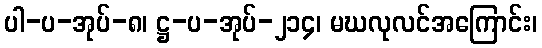
ပါ-ပ-အုပ်-၈၊ ဋ္ဌ-ပ-အုပ်-၂၁၄၊ မဃလုလင်အကြောင်း၊